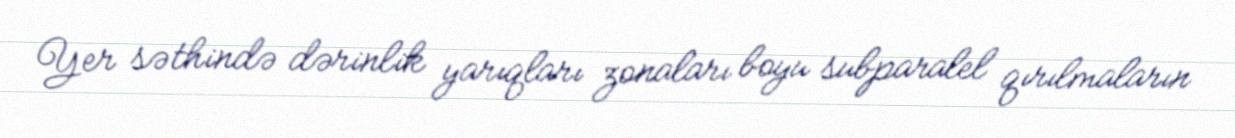
Yer səthində dərinlik yarıqları zonaları boyu subparalel qırılmaların